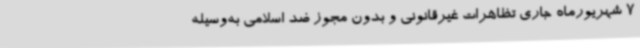
7 شهریورماه جاری تظاهرات غیرقانونی و بدون مجوز ضد اسلامی به‌وسیله